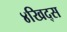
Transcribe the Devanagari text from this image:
४खिद्स